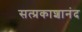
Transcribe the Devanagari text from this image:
सत्प्रकाशानंद